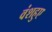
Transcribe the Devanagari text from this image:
वंशहुए